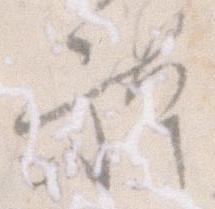
躰